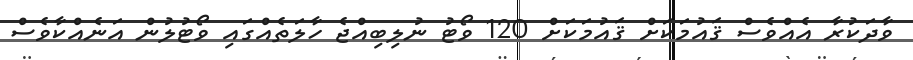
ވާދަކުރާ އެއްވެސް ޤައުމަކަށް ޤައުމަކަށް 120 ވޯޓު ނުލިބިއްޖެ ހާލަތެއްގައި ވޯޓުލުން އަނެއްކާވެސް